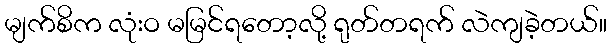
မျက်စိက လုံးဝ မမြင်ရတော့လို့ ရုတ်တရက် လဲကျခဲ့တယ်။